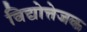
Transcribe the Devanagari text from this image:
विद्योत्तेजक